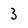
Character: 3